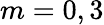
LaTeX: m=0,3